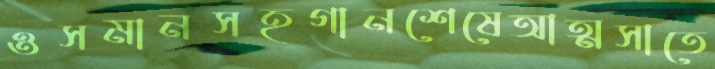
ওসমানসহগানশেষেআত্মসাতে